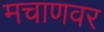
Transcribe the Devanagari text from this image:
मचाणवर